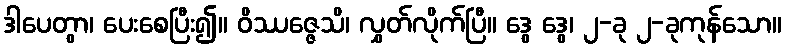
ဒါပေတွာ၊ ပေးစေပြီး၍။ ဝိဿဇ္ဇေသိ၊ လွှတ်လိုက်ပြီ။ ဒွေ ဒွေ၊ ၂-ခု ၂-ခုကုန်သော။